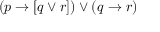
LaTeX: ( p \to [ q \lor r ] ) \lor ( q \to r )